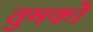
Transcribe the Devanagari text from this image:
तुमकोे